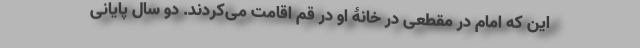
این که امام در مقطعی در خانۀ او در قم اقامت می‌کردند. دو سال پایانی